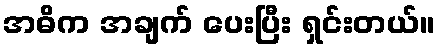
အဓိက အချက် ပေးပြီး ရှင်းတယ်။